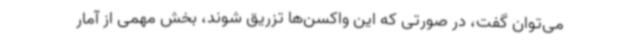
می‌توان گفت، در صورتی که این واکسن‌ها تزریق شوند، بخش مهمی از آمار